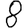
Digit: 8